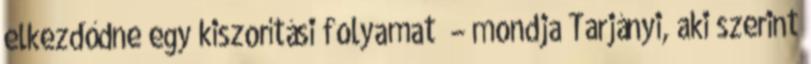
elkezdődne egy kiszorítási folyamat” – mondja Tarjányi, aki szerint